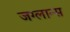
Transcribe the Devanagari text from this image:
जग्लान्स